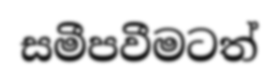
සමීපවීමටත්